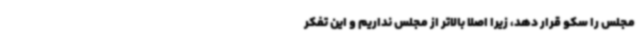
مجلس را سکو قرار دهد، زیرا اصلاً بالاتر از مجلس نداریم و این تفکر